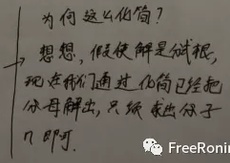
为何这么化简？想想，假使解是试探，现在我们通过化简已经把分母解出，只须求分子了 即可。FreeRoni